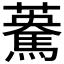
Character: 𩤯